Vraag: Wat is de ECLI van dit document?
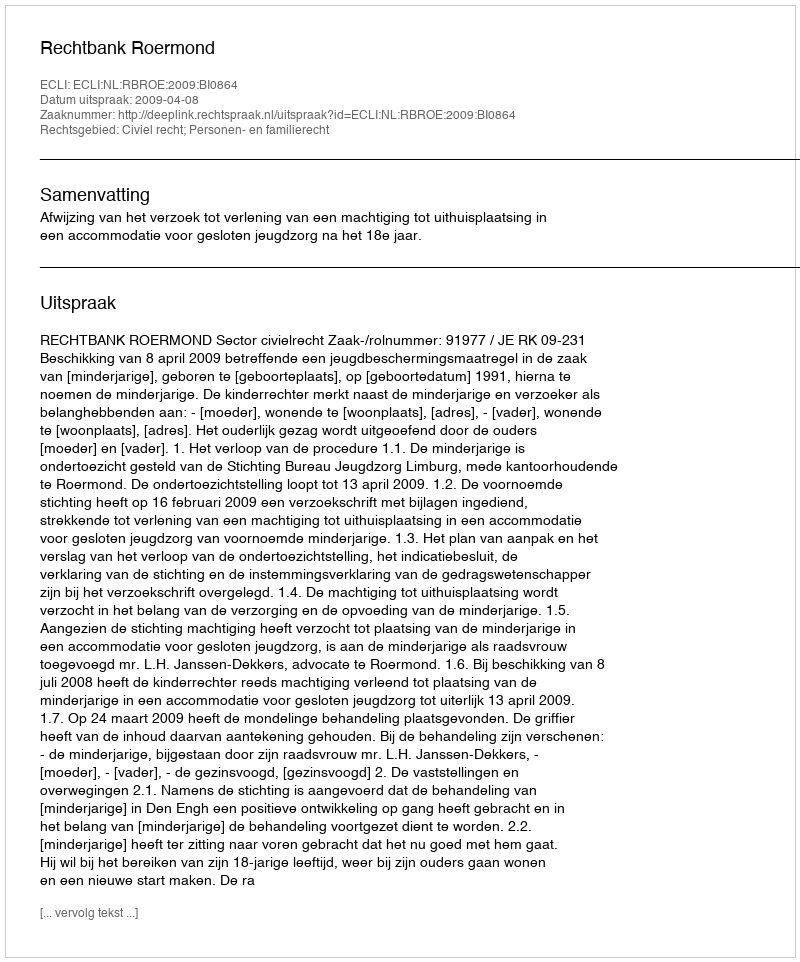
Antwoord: ECLI:NL:RBROE:2009:BI0864